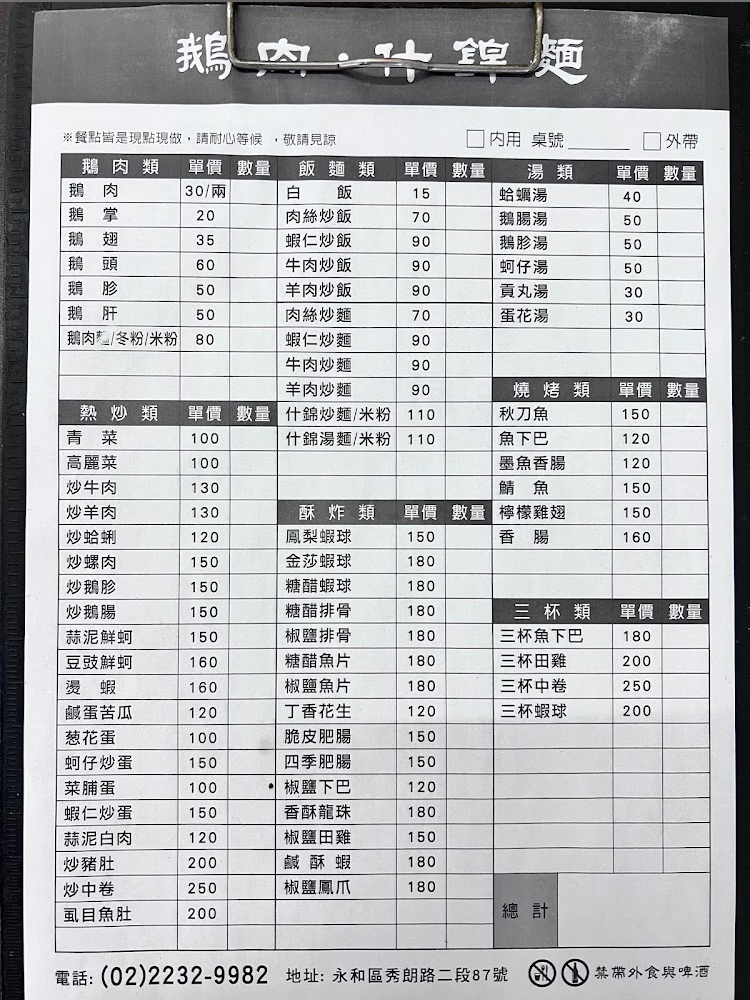
餐廳：鵝肉什錦麵
地址：永和區秀朗路二段87號
電話：(02)2232-9982
菜單：
name: 鵝肉
price: 30/兩
name: 白飯
price: 15
name: 蛤蠣湯
price: 40
name: 鵝掌
price: 20
name: 鵝翅
price: 35
name: 鵝頭
price: 60
name: 鵝胗
price: 50
name: 鵝肝
price: 50
name: 鵝肉麵/冬粉/米粉
price: 80
name: 肉絲炒飯
price: 70
name: 鵝腸湯
price: 50
name: 蝦仁炒飯
price: 90
name: 鵝胗湯
price: 50
name: 牛肉炒飯
price: 90
name: 蚵仔湯
price: 50
name: 羊肉炒飯
price: 90
name: 貢丸湯
price: 30
name: 肉絲炒麵
price: 70
name: 蝦仁炒麵
price: 90
name: 蛋花湯
price: 30
name: 牛肉炒麵
price: 90
name: 羊肉炒麵
price: 90
name: 什錦炒麵/米粉
price: 110
name: 秋刀魚
price: 150
name: 青菜
price: 100
name: 什錦湯麵/米粉
price: 110
name: 魚下巴
price: 120
name: 高麗菜
price: 100
name: 墨魚香腸
price: 120
name: 炒牛肉
price: 130
name: 鯖魚
price: 150
name: 炒羊肉
price: 130
name: 檸檬雞翅
price: 150
name: 炒蛤蜊
price: 120
name: 鳳梨蝦球
price: 150
name: 炒螺肉
price: 150
name: 金莎蝦球
price: 180
name: 炒鵝胗
price: 150
name: 糖醋蝦球
price: 180
name: 炒鵝腸
price: 150
name: 糖醋排骨
price: 180
name: 三杯魚下巴
price: 180
name: 椒鹽排骨
price: 180
name: 三杯田雞
price: 200
name: 糖醋魚片
price: 180
name: 三杯中卷
price: 250
name: 椒鹽魚片
price: 180
name: 三杯蝦球
price: 200
name: 蒜泥鮮蚵
price: 150
name: 豆豉鮮蚵
price: 160
name: 燙蝦
price: 160
name: 鹹蛋苦瓜
price: 120
name: 丁香花生
price: 120
name: 葱花蛋
price: 100
name: 脆皮肥腸
price: 150
name: 蚵仔炒蛋
price: 150
name: 四季肥腸
price: 150
name: 菜脯蛋
price: 100
name: 椒鹽下巴
price: 120
name: 蝦仁炒蛋
price: 150
name: 香酥龍珠
price: 180
name: 蒜泥白肉
price: 120
name: 椒鹽田雞
price: 150
name: 炒豬肚
price: 200
name: 鹹酥蝦
price: 180
name: 炒中卷
price: 250
name: 椒鹽鳳爪
price: 180
name: 虱目魚肚
price: 200